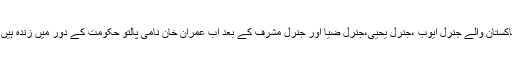
پاکستان والے جنرل ایوب ،جنرل یحیی،جنرل ضیا اور جنرل مشرف کے بعد اب عمران خان نامی پالتو حکومت کے دور میں زندہ ہیں ۔